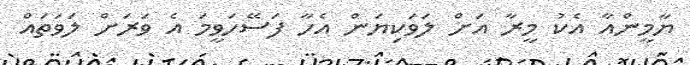
ޔާމީންއާ އެކު މީރާ އަށް ލަވަކިޔަން އެހާ ފަސޭހަވީމަ އެ ވަރަށް ލަވަތައް